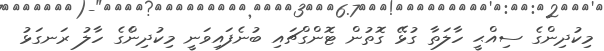
މިކުދިންގެ ސިއްޙީ ހާލަތާ ގުޅޭ ގޮތުން ޓޮންގްޗައި ބުނެފައިވަނީ މިކުދިންެގެ ހާލު ރަނގަޅު